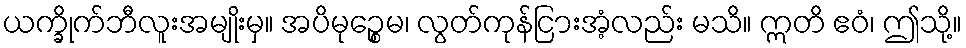
ယက္ခိုက်ဘီလူးအမျိုးမှ။ အပိမုဉ္စေမ၊ လွတ်ကုန်ငြားအံ့လည်း မသိ။ ဣတိ ဧဝံ၊ ဤသို့။